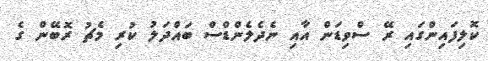
ކޮލިފައިންގައި ރޭ ސްވިޑަން އާއި ނެދެލެންޑްސް ބައްދަލު ކުރި މެޗު ރޮބޭން ގެ